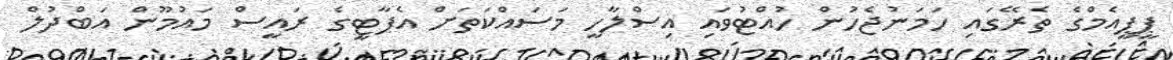
ޕީޕީއެމްގެ ތެރޭގައި ހަމަނުޖެހުން ހުއްޓުވައި އިސްލާހީ މަސައްކަތަށް އެޕާޓީގެ ރައީސް މައުމޫން އަބްދުލް